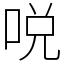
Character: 哾